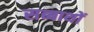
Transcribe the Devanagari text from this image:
सब्बाथों